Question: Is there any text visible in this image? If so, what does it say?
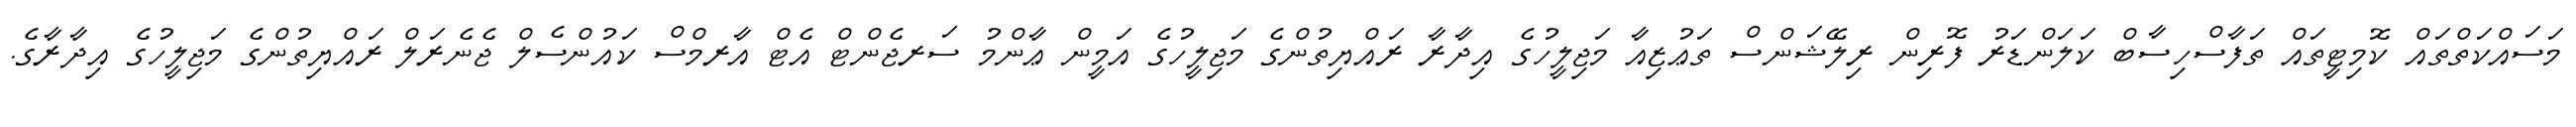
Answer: މަސައްކަތްތައް ކޮމިޓީތައް ތަފާސްހިސާބް ކަލަންޑަރު ފޮރިން ރިލޭޝަންސް ތަޢުޒިއާ މަޖިލީހުގެ އިދާރާ ރައްޔިތުންގެ މަޖިލީހުގެ އަމީން ޢާންމު ސަރޖެންޓް އެޓް އާރމްސް ކައުންސެލް ޖެނެރަލް ރައްޔިތުންގެ މަޖިލީހުގެ އިދާރާގެ.